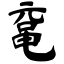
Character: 鼋